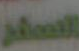
الحصار